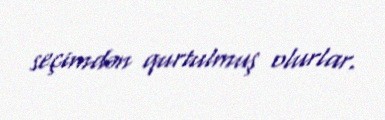
seçimdən qurtulmuş olurlar.